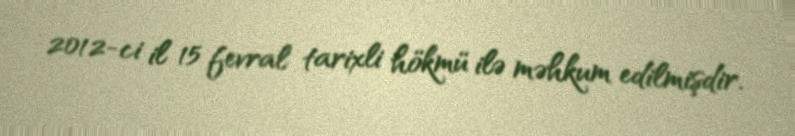
2012-ci il 15 fevral tarixli hökmü ilə məhkum edilmişdir.